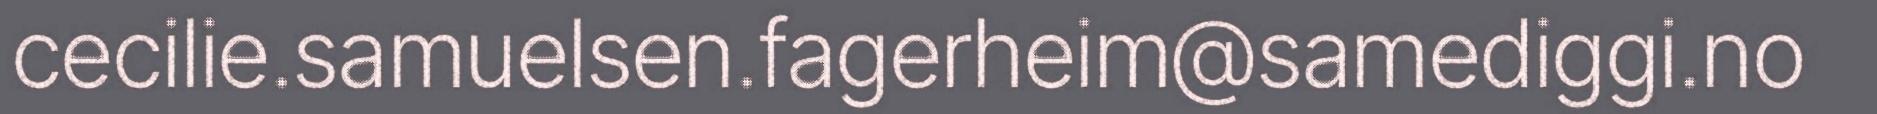
cecilie.samuelsen.fagerheim@samediggi.no